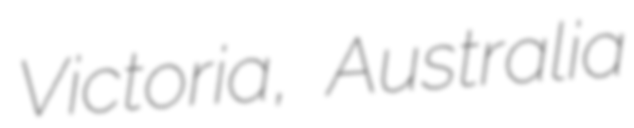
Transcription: Victoria, Australia